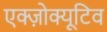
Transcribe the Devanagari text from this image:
एक्ज़ोक्यूटिव